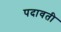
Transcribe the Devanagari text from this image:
पदावती